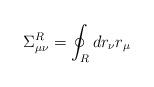
LaTeX: \begin{align*}\Sigma_{\mu\nu}^R = \oint_R d r_{\nu}r_{\mu}\end{align*}